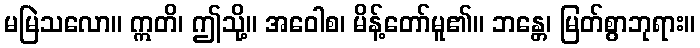
မမြဲသလော။ ဣတိ၊ ဤသို့။ အဝေါစ၊ မိန့်တော်မူ၏။ ဘန္တေ၊ မြတ်စွာဘုရား။